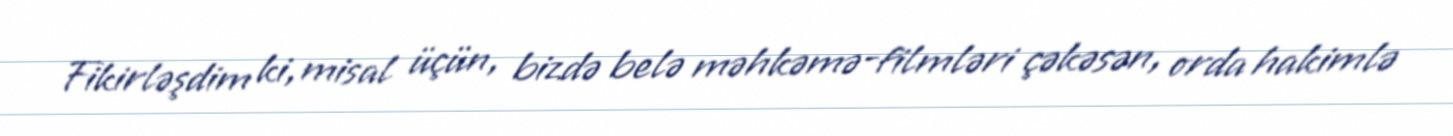
Fikirləşdim ki, misal üçün, bizdə belə məhkəmə-filmləri çəkəsən, orda hakimlə